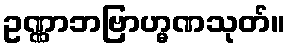
ဥဏ္ဏာဘဗြာဟ္မဏသုတ်။